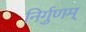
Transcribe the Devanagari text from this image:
निर्गुणम्